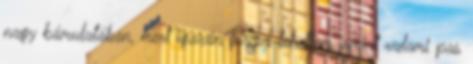
nagy bámulatában, mert igazán furcsa lehettem, amint valami pas